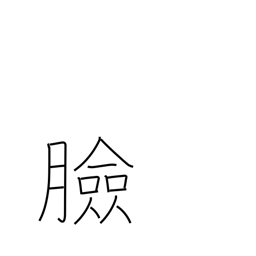
Meaning: face